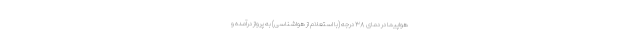
هواپیما در دمای ۳۸ درجه (با استعلام از هواشناسی) به پرواز درآمده و